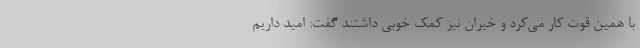
با همین قوت کار می‌کرد و خیران نیز کمک خوبی داشتند گفت: امید داریم